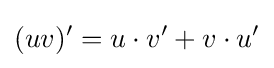
(uv)'=u\cdot v'+v\cdot u'